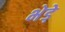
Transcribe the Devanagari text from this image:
भेडे़